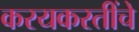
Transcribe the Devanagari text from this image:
करयकरतींचे